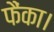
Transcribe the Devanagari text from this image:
फैंका।